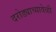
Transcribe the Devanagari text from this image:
दरोड्याच्यावेळी